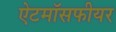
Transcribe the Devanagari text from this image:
ऐटमॉसफीयर